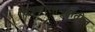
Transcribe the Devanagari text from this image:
चित्रकारसमूहातील